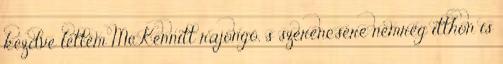
kezdve lettem McKennitt rajongó, s szerencsére nemrég itthon is